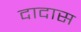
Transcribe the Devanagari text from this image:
दादास